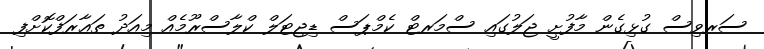
ސަރވިސް ގުޅިގެން މާފުށީ ޖަލުގައި ސްމަރޓް ކެމްޕަސް ޑިޖިޓަލް ކްލާސްރޫމެއް މިއަދު ތަޢާރަފްކޮށްފި